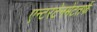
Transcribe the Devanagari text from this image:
एन्टरटेनमेंटतर्फे